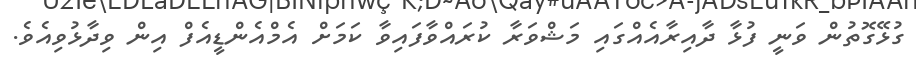
ގުޅޭގޮތުން ވަނީ ފުޅާ ދާއިރާއެއްގައި މަޝްވަރާ ކުރައްވާފައިވާ ކަމަށް އެމްއެންޑީއެފް އިން ވިދާޅުވިއެވެ.